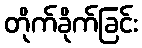
တိုက်ခိုက်ခြင်း